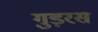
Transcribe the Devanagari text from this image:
गुड़रस